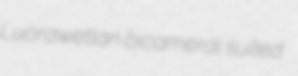
Luorawetlan bicameral suited